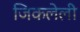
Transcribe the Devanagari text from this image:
जिकलेली